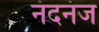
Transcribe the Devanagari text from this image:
नंदनंज